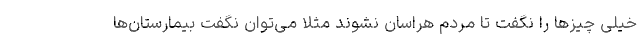
خیلی چیزها را نگفت تا مردم هراسان نشوند مثلا می‌توان نگفت بیمارستان‌ها